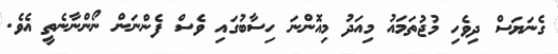
ގެނަޔަސް ދިވެހި މުޖުތަމައު މިއަދު މިއޮންނަ ހިސާބުގައި ވެސް ފެންނަން ނޯންނާނެތީ އެވެ.